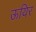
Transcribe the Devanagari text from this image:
ऊयिर